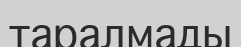
таралмады